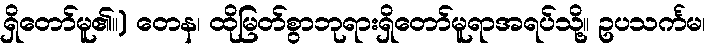
ရှိတော်မူ၏။) တေန၊ ထိုမြတ်စွာဘုရားရှိတော်မူရာအရပ်သို့။ ဥပသင်္ကမ၊